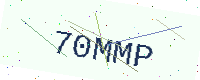
Text: 70MMP